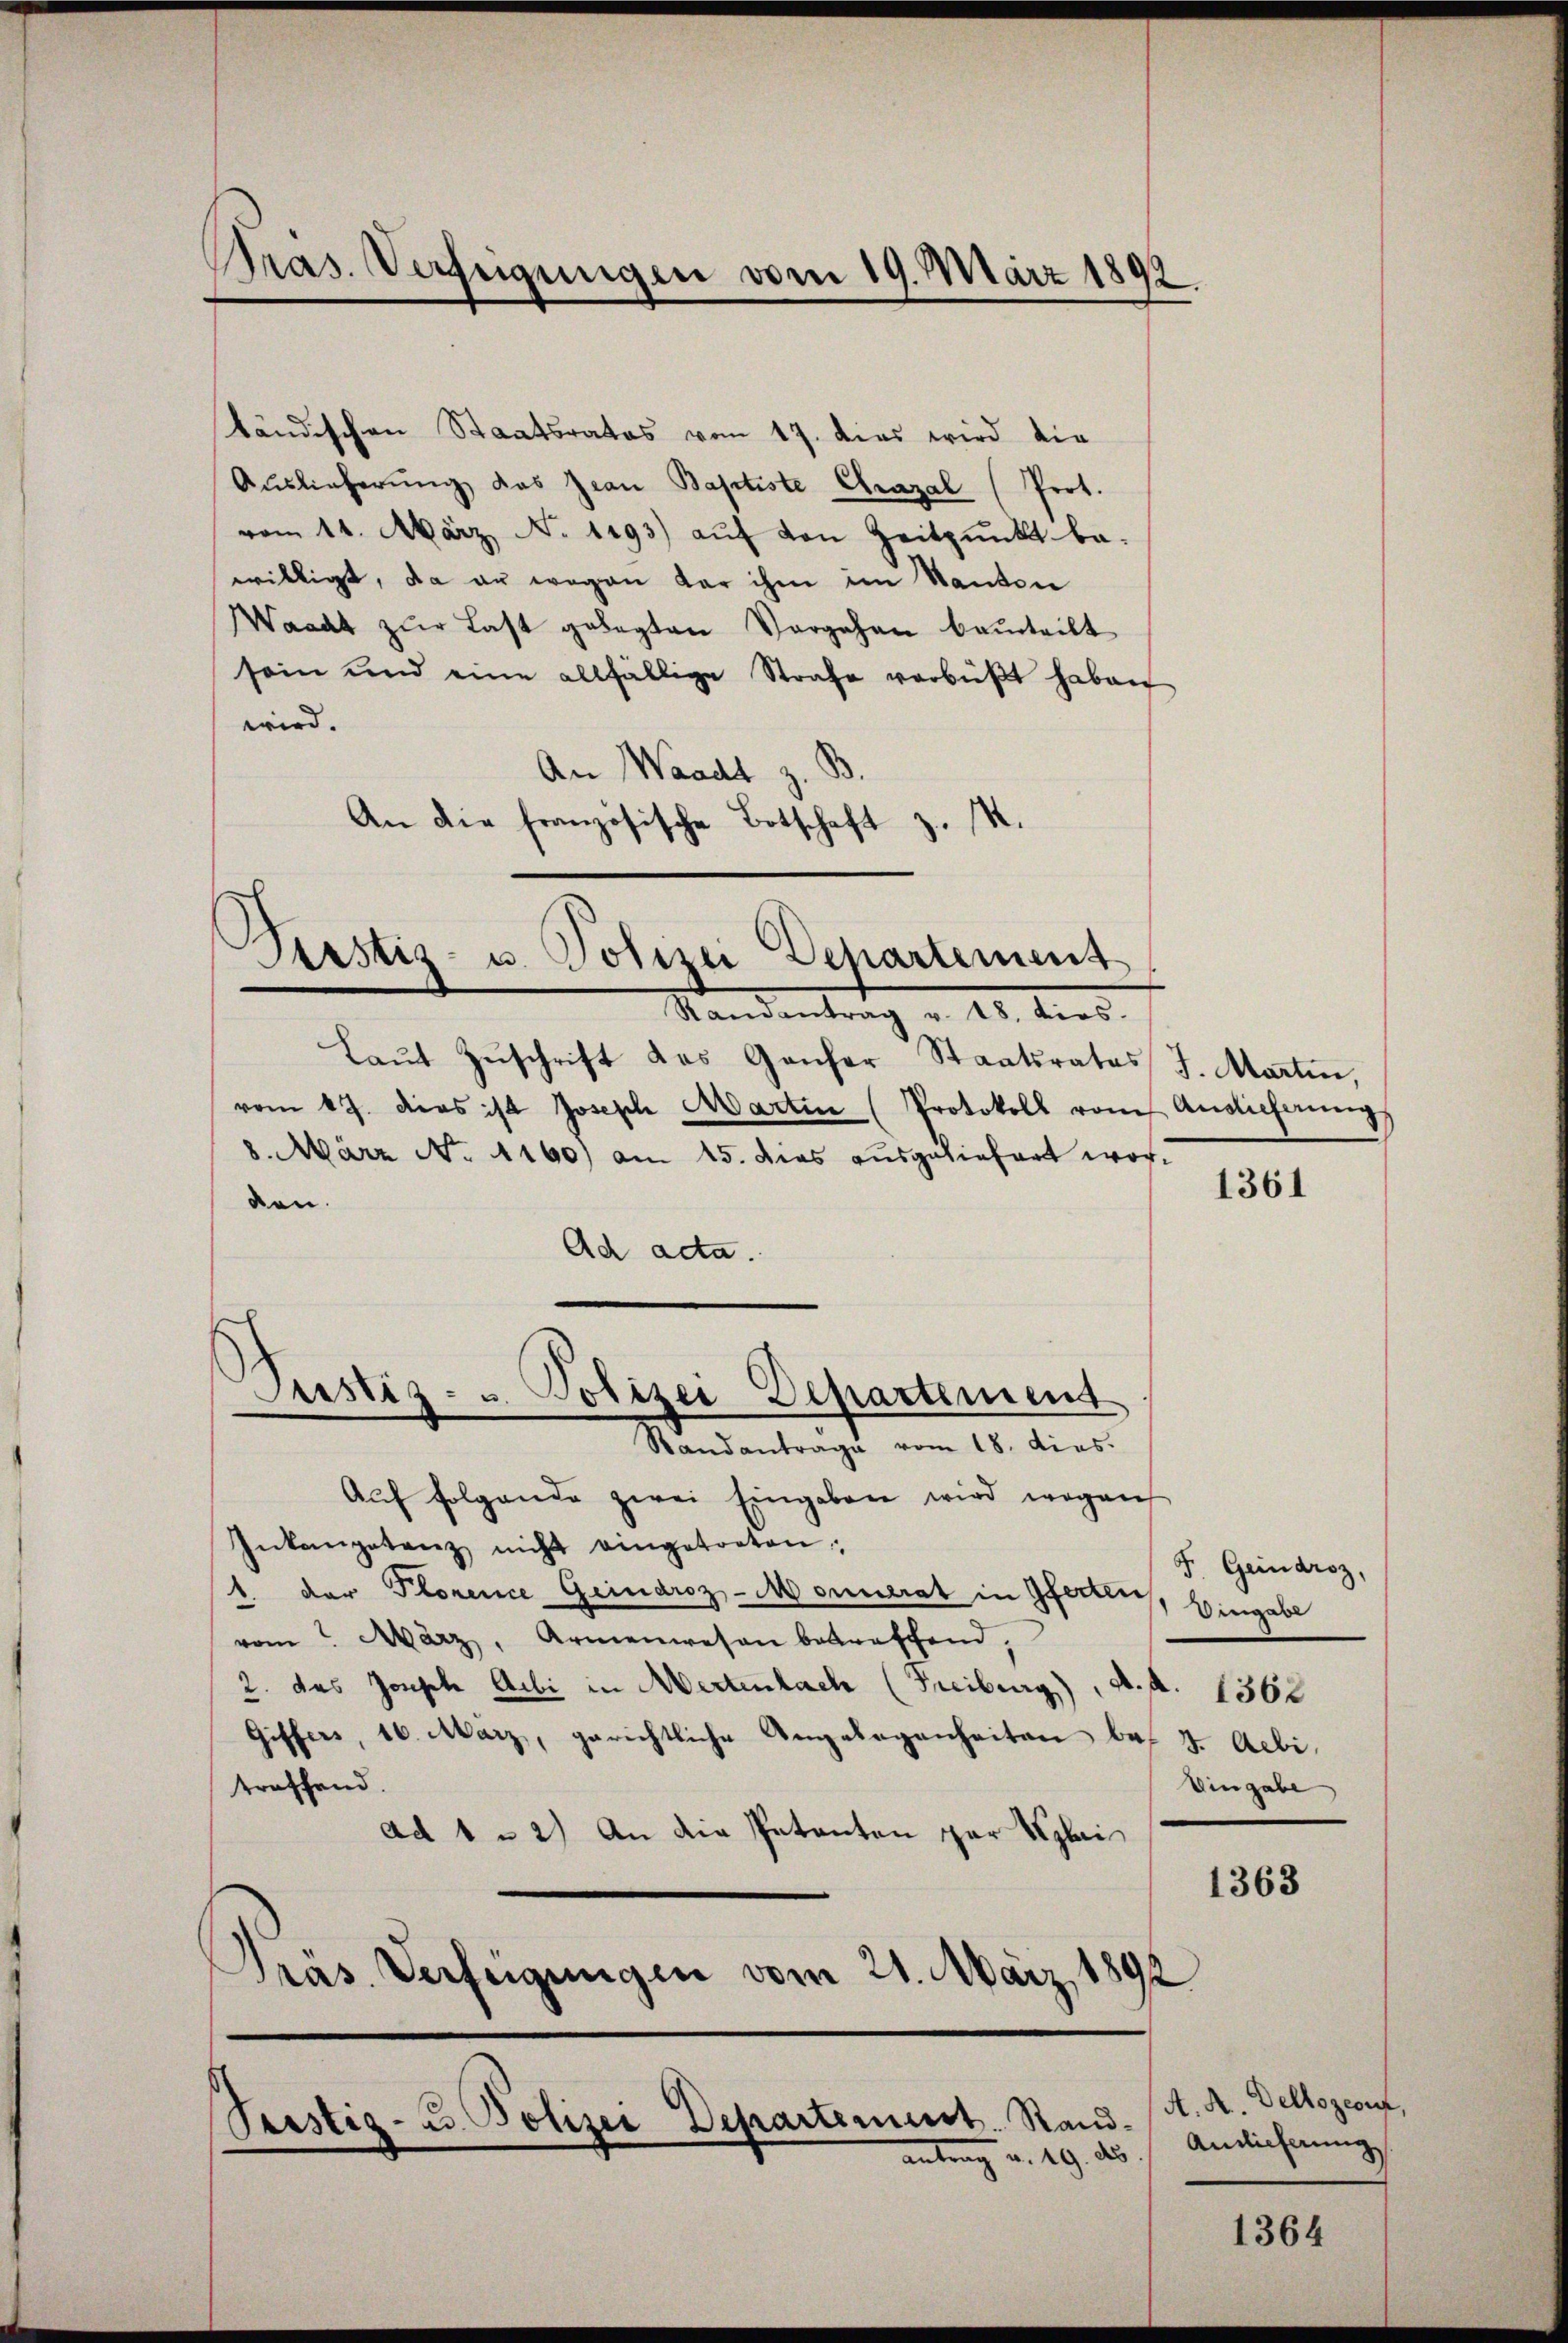
Pras. Verfügungen vom 19. März 1892

tändischen Staatsrates vom 17. dies wird die
Auslieferŭng das Jean Baptiste Chrazal (Prot.
vom 14. März, No 1293) auf von Zeitpunkt be-
willigt, da an wegen der ihm im Santen
Waadt zur Last gelegten Vorgehen beurteilt
sein und eine allfällige Strafe verbüßt haben
wird.
An Waadt z. B
An die französische Botschaft z. M.

Justiz- u. Polizei Departement
Standentrag v. 15. dies

Justiz- u. Polizei Departement
Standantrage vom 18. dies.

Laut Zuschrift das Ganfer Staatsrates J. Martin,
vom 17. dies ist Joseph Martin (Protokoll vom Auslieferung
8. März No. 4160) am 15. Dies ausgeliefert worden.
Ad acta.
Aŭf folgende zwei Eingaben wird wegen
Inkangetanz nicht eingetreten,
1 der Plorence Geinaroz-Monnerat in Gferten
vom März, Armenwesen betreffend,
2. das Joseph Aibi in Wertenbach (Freiburg), A. A. 1362
Giffers, 16. März, gerichtliche Angelegenheiten bes. v. Aebi
treffend.
ad 1 - 2) An die Petenten zur Klei
Präs. Verfügungen vom 21. März,
189/

Pustiz- u. Polizei Departement. Sandantrag u. 19. des

1361

F. Geindroz,
Vingabe
Eingabe

1363

A. A. Dellozeon,
Andieferung

1364